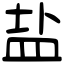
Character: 盐